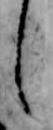
し